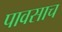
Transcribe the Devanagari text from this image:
पावसाच